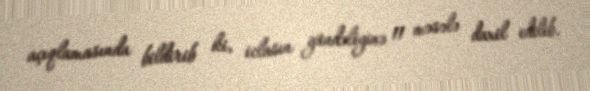
açıqlamasında bildirib ki, iclasın gündəliyinə 11 məsələ daxil edilib.